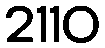
2110